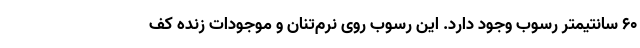
۶۰ سانتیمتر رسوب وجود دارد. این رسوب روی نرم‌تنان و موجودات زنده کف